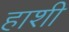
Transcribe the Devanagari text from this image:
हाशी